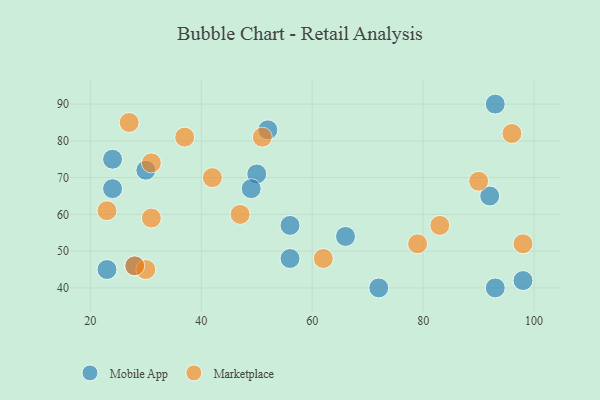
{"axis": {"x": "GDP", "y": "Life Expectancy"}, "legend": ["Marketplace", "Mobile App"], "data": [{"x": "98", "y": 42, "type": "Mobile App"}, {"x": "72", "y": 40, "type": "Mobile App"}, {"x": "56", "y": 57, "type": "Mobile App"}, {"x": "92", "y": 65, "type": "Mobile App"}, {"x": "56", "y": 48, "type": "Mobile App"}, {"x": "30", "y": 72, "type": "Mobile App"}, {"x": "24", "y": 67, "type": "Mobile App"}, {"x": "50", "y": 71, "type": "Mobile App"}, {"x": "52", "y": 83, "type": "Mobile App"}, {"x": "24", "y": 75, "type": "Mobile App"}, {"x": "93", "y": 90, "type": "Mobile App"}, {"x": "66", "y": 54, "type": "Mobile App"}, {"x": "93", "y": 40, "type": "Mobile App"}, {"x": "49", "y": 67, "type": "Mobile App"}, {"x": "23", "y": 45, "type": "Mobile App"}, {"x": "28", "y": 46, "type": "Mobile App"}, {"x": "42", "y": 70, "type": "Marketplace"}, {"x": "83", "y": 57, "type": "Marketplace"}, {"x": "37", "y": 81, "type": "Marketplace"}, {"x": "51", "y": 81, "type": "Marketplace"}, {"x": "98", "y": 52, "type": "Marketplace"}, {"x": "90", "y": 69, "type": "Marketplace"}, {"x": "96", "y": 82, "type": "Marketplace"}, {"x": "79", "y": 52, "type": "Marketplace"}, {"x": "23", "y": 61, "type": "Marketplace"}, {"x": "62", "y": 48, "type": "Marketplace"}, {"x": "30", "y": 45, "type": "Marketplace"}, {"x": "27", "y": 85, "type": "Marketplace"}, {"x": "31", "y": 74, "type": "Marketplace"}, {"x": "28", "y": 46, "type": "Marketplace"}, {"x": "31", "y": 59, "type": "Marketplace"}, {"x": "47", "y": 60, "type": "Marketplace"}]}